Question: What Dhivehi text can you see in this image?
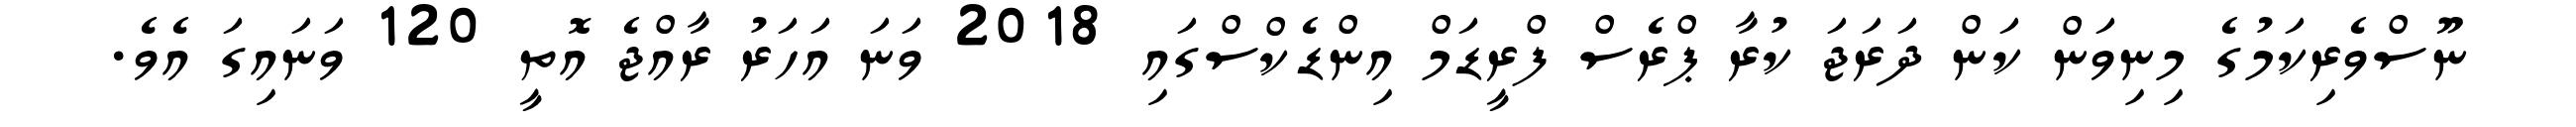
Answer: ނޫސްވެރިކަމުގެ މިނިވަން ކަން ދަރަޖަ ކުރާ ޕްރެސް ފްރީޑަމް އިންޑެކްސްގައި 2018 ވަނަ އަހަރު ރާއްޖެ އޮތީ 120 ވަނައިގަ އެވެ.